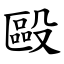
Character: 毆